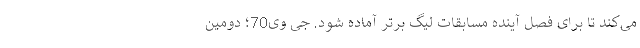
می‌کند تا برای فصل آینده مسابقات لیگ برتر آماده شود. جی وی70؛ دومین